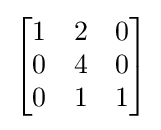
{\begin{bmatrix}1&2&0\\0&4&0\\0&1&1\end{bmatrix}}